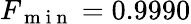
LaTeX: F_{\mathrm{~m~i~n~}}=0.9990